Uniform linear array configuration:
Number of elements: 8
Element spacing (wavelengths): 0.25
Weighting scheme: binomial
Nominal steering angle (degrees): -15
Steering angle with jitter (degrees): -13.884
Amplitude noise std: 0.05
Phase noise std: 0.05

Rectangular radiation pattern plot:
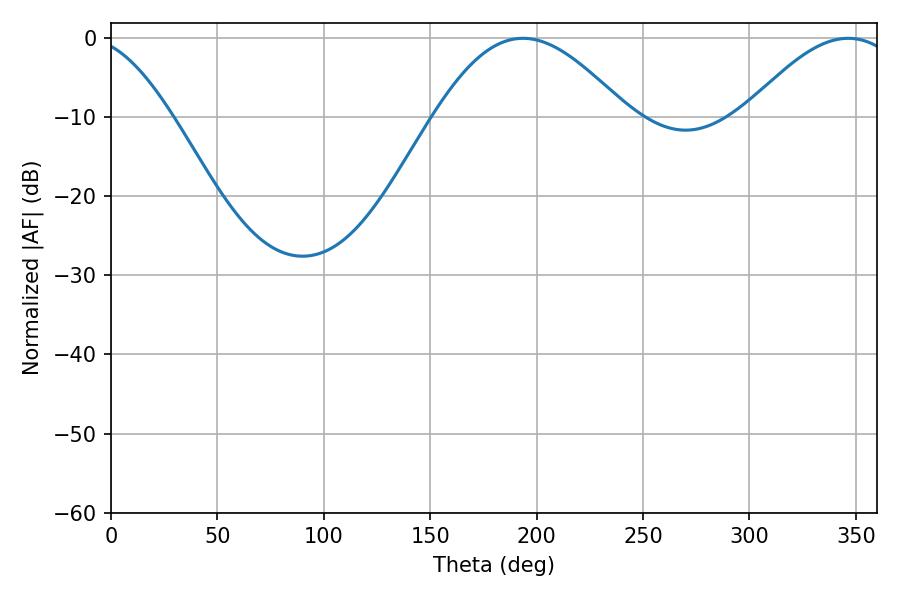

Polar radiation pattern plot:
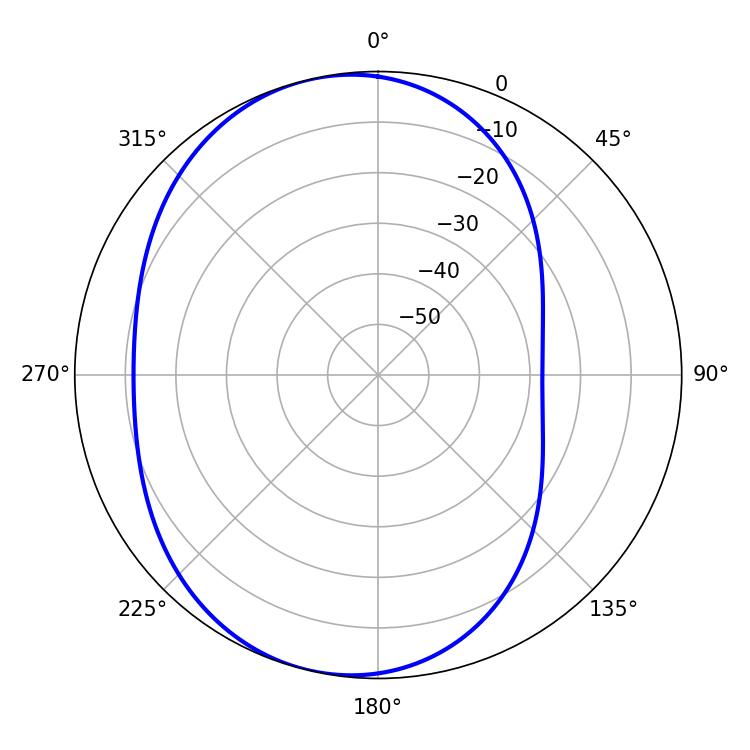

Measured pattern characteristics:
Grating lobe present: FALSE
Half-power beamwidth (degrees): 48.78
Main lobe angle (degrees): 193.5